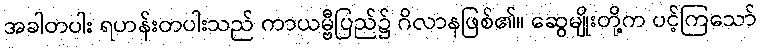
အခါတပါး ရဟန်းတပါးသည် ကာယမ္ဗီပြည်၌ ဂိလာနဖြစ်၏။ ဆွေမျိုးတို့က ပင့်ကြသော်